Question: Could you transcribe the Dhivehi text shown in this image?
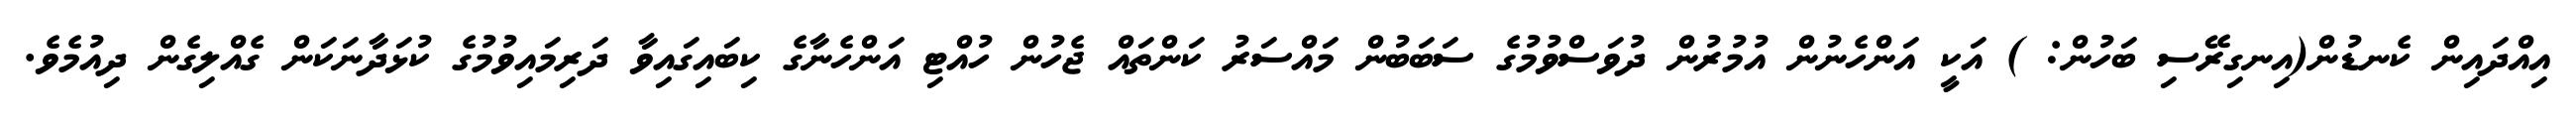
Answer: އިއްދައިން ކެނޑުން(އިނގިރޭސި ބަހުން: ) އަކީ އަންހެނުން އުމުރުން ދުވަސްވުމުގެ ސަބަބުން މައްސަރު ކަންތައް ޖެހުން ހުއްޓި އަންހެނާގެ ކިބައިގައިވާ ދަރިމައިވުމުގެ ކުޅަދާނަކަން ގެއްލިގެން ދިއުމެވެ.